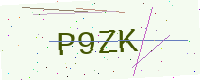
Text: P9ZK